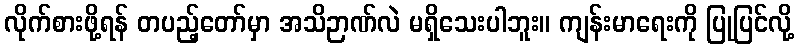
လိုက်စားဖို့ရန် တပည့်တော်မှာ အသိဉာဏ်လဲ မရှိသေးပါဘူး။ ကျန်းမာရေးကို ပြုပြင်လို့